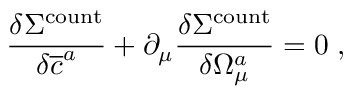
\frac { \delta \Sigma ^ { \mathrm { c o u n t } } } { \delta \overline { { { c } } } ^ { a } } + \partial _ { \mu } \frac { \delta \Sigma ^ { \mathrm { c o u n t } } } { \delta \Omega _ { \mu } ^ { a } } = 0 \; ,